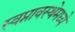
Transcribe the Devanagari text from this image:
स्वप्नावस्थेमध्ये